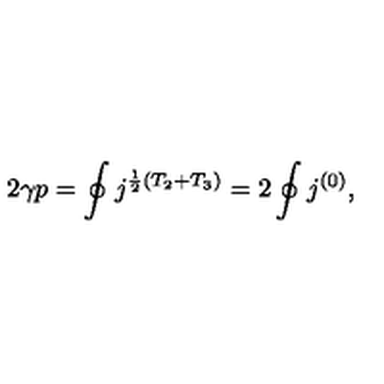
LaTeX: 2 \gamma p = \oint j ^ { \frac { 1 } { 2 } ( T _ { 2 } + T _ { 3 } ) } = 2 \oint j ^ { ( 0 ) } ,